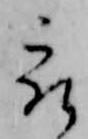
被